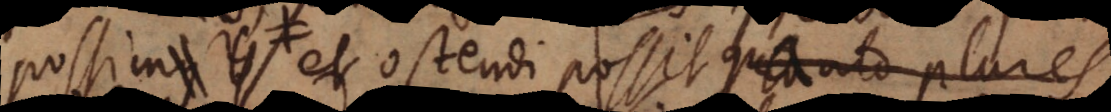
potius et ostendi possit quanto plures